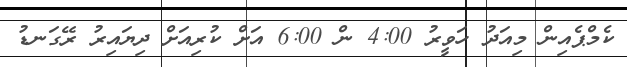
ކެމްޕެއިން މިއަދު ހަވީރު 4:00 ން 6:00 އަަށް ކުރިއަށް ދިޔައިރު ރޭގަނޑު